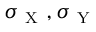
\sigma _ { \mathrm { ~ X ~ } } , \sigma _ { \mathrm { ~ Y ~ } }